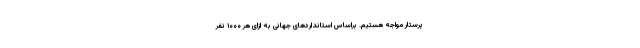
پرستار مواجه هستیم. براساس استاندارد‌های جهانی به ازای هر ۱۰۰۰ نفر